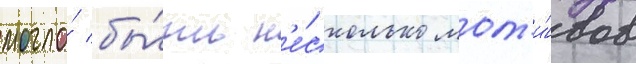
могло́ бы́ть н'е́сколько мот'и́вов